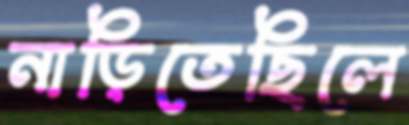
নাড়িতেছিলে